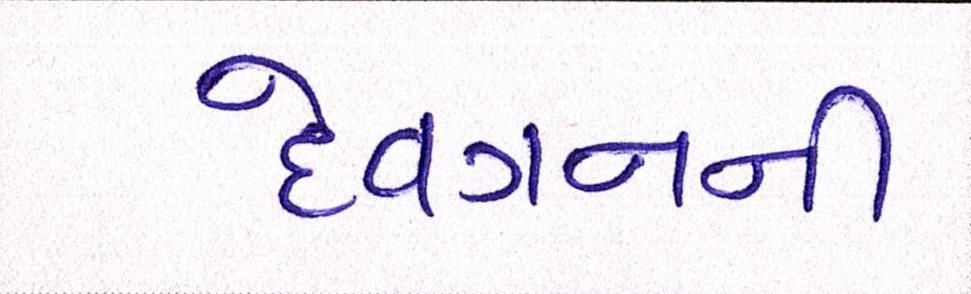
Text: દેવગનની